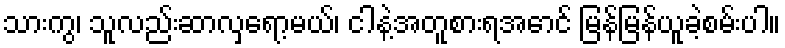
သားကွ၊ သူလည်းဆာလှရော့မယ်၊ ငါနဲ့အတူစားရအောင် မြန်မြန်ယူခဲ့စမ်းပါ။